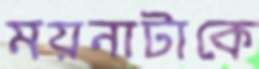
ময়নাটাকে